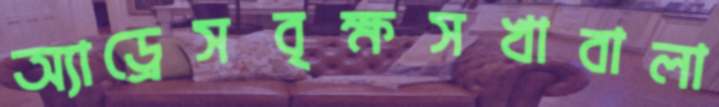
অ্যাড্রেসবৃক্ষসখাবালা